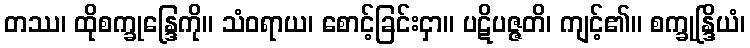
တဿ၊ ထိုစက္ခုန္ဒြေကို။ သံဝရာယ၊ စောင့်ခြင်းငှာ။ ပဋိပဇ္ဇတိ၊ ကျင့်၏။ စက္ခုန္ဒြိယံ၊